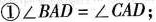
①$$∠ B A D = ∠ C A D$$；